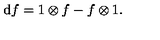
\mathrm { d } f = 1 \otimes f - f \otimes 1 .